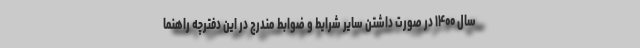
سال ۱۴۰۰ در صورت داشتن سایر شرایط و ضوابط مندرج در این دفترچه راهنما